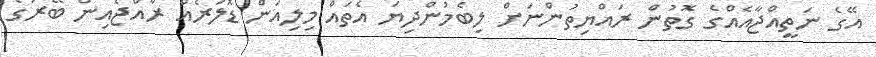
އޭގެ ނަތީއްޖާއެއްގެ ގޮތުން ރައްޔިތުންނަށް ލިބެމުންދިޔަ އެތައް މިލިއަން ޑޮލަރެއް ރާއްޖެއިން ބޭރުގެ